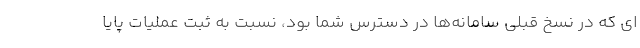
ای که در نسخ قبلی سامانه‌ها در دسترس شما بود، نسبت به ثبت عملیات پایا